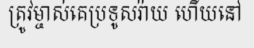
ត្រូវម្ចាស់គេប្រទូសរ៉ាយ ហើយនៅ